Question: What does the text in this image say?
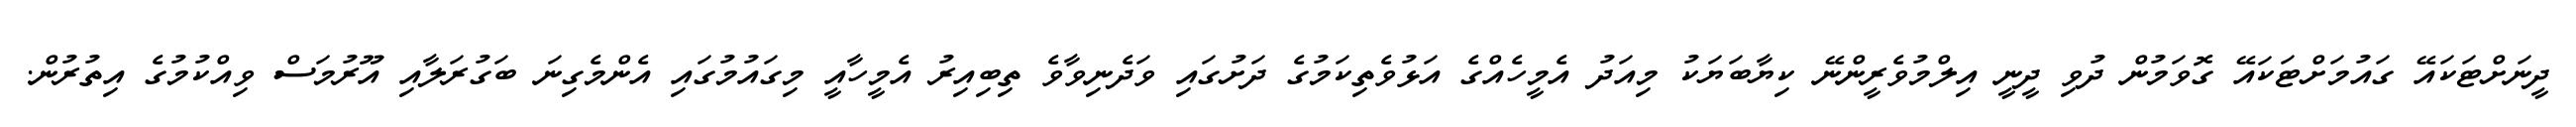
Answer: ދީނަށްޓަކައޭ ގައުމަށްޓަކައޭ ގޮވަމުން ދުވި ދީނީ އިލްމުވެރީންނޭ ކިޔާބަޔަކު މިއަދު އެމީހެއްގެ އަޅުވެތިކަމުގެ ދަށުގައި ވަދެނިވާވެ ތިބިއިރު އެމީހާއީ މިގައުމުގައި އެންމެގިނަ ބަގުރަލާއި އޫރުމަސް ވިއްކުމުގެ އިތުރުން.